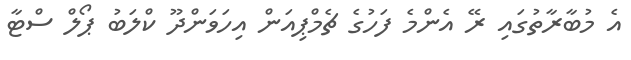
އެ މުބާރާތުގައި ރޭ އެންމެ ފަހުގެ ޗެމްޕިއަން އިހަވަންދޫ ކްލަބު ޕޯލް ސްޓާ